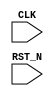
//
// Generated by Bluespec Compiler, version 2018.10.beta1 (build e1df8052c, 2018-10-17)
//
// On Fri May 17 18:04:24 IST 2019
//
//
// Ports:
// Name                         I/O  size props
// CLK                            I     1 unused
// RST_N                          I     1 unused
//
// No combinational paths from inputs to outputs
//
//

`ifdef BSV_ASSIGNMENT_DELAY
`else
  `define BSV_ASSIGNMENT_DELAY
`endif

`ifdef BSV_POSITIVE_RESET
  `define BSV_RESET_VALUE 1'b1
  `define BSV_RESET_EDGE posedge
`else
  `define BSV_RESET_VALUE 1'b0
  `define BSV_RESET_EDGE negedge
`endif

module mkTop(CLK,
	     RST_N);
  input  CLK;
  input  RST_N;

  // handling of system tasks

  // synopsys translate_off
  always@(negedge CLK)
  begin
    #0;
    $display("Hello world");
    $finish(32'd1);
  end
  // synopsys translate_on
endmodule  // mkTop